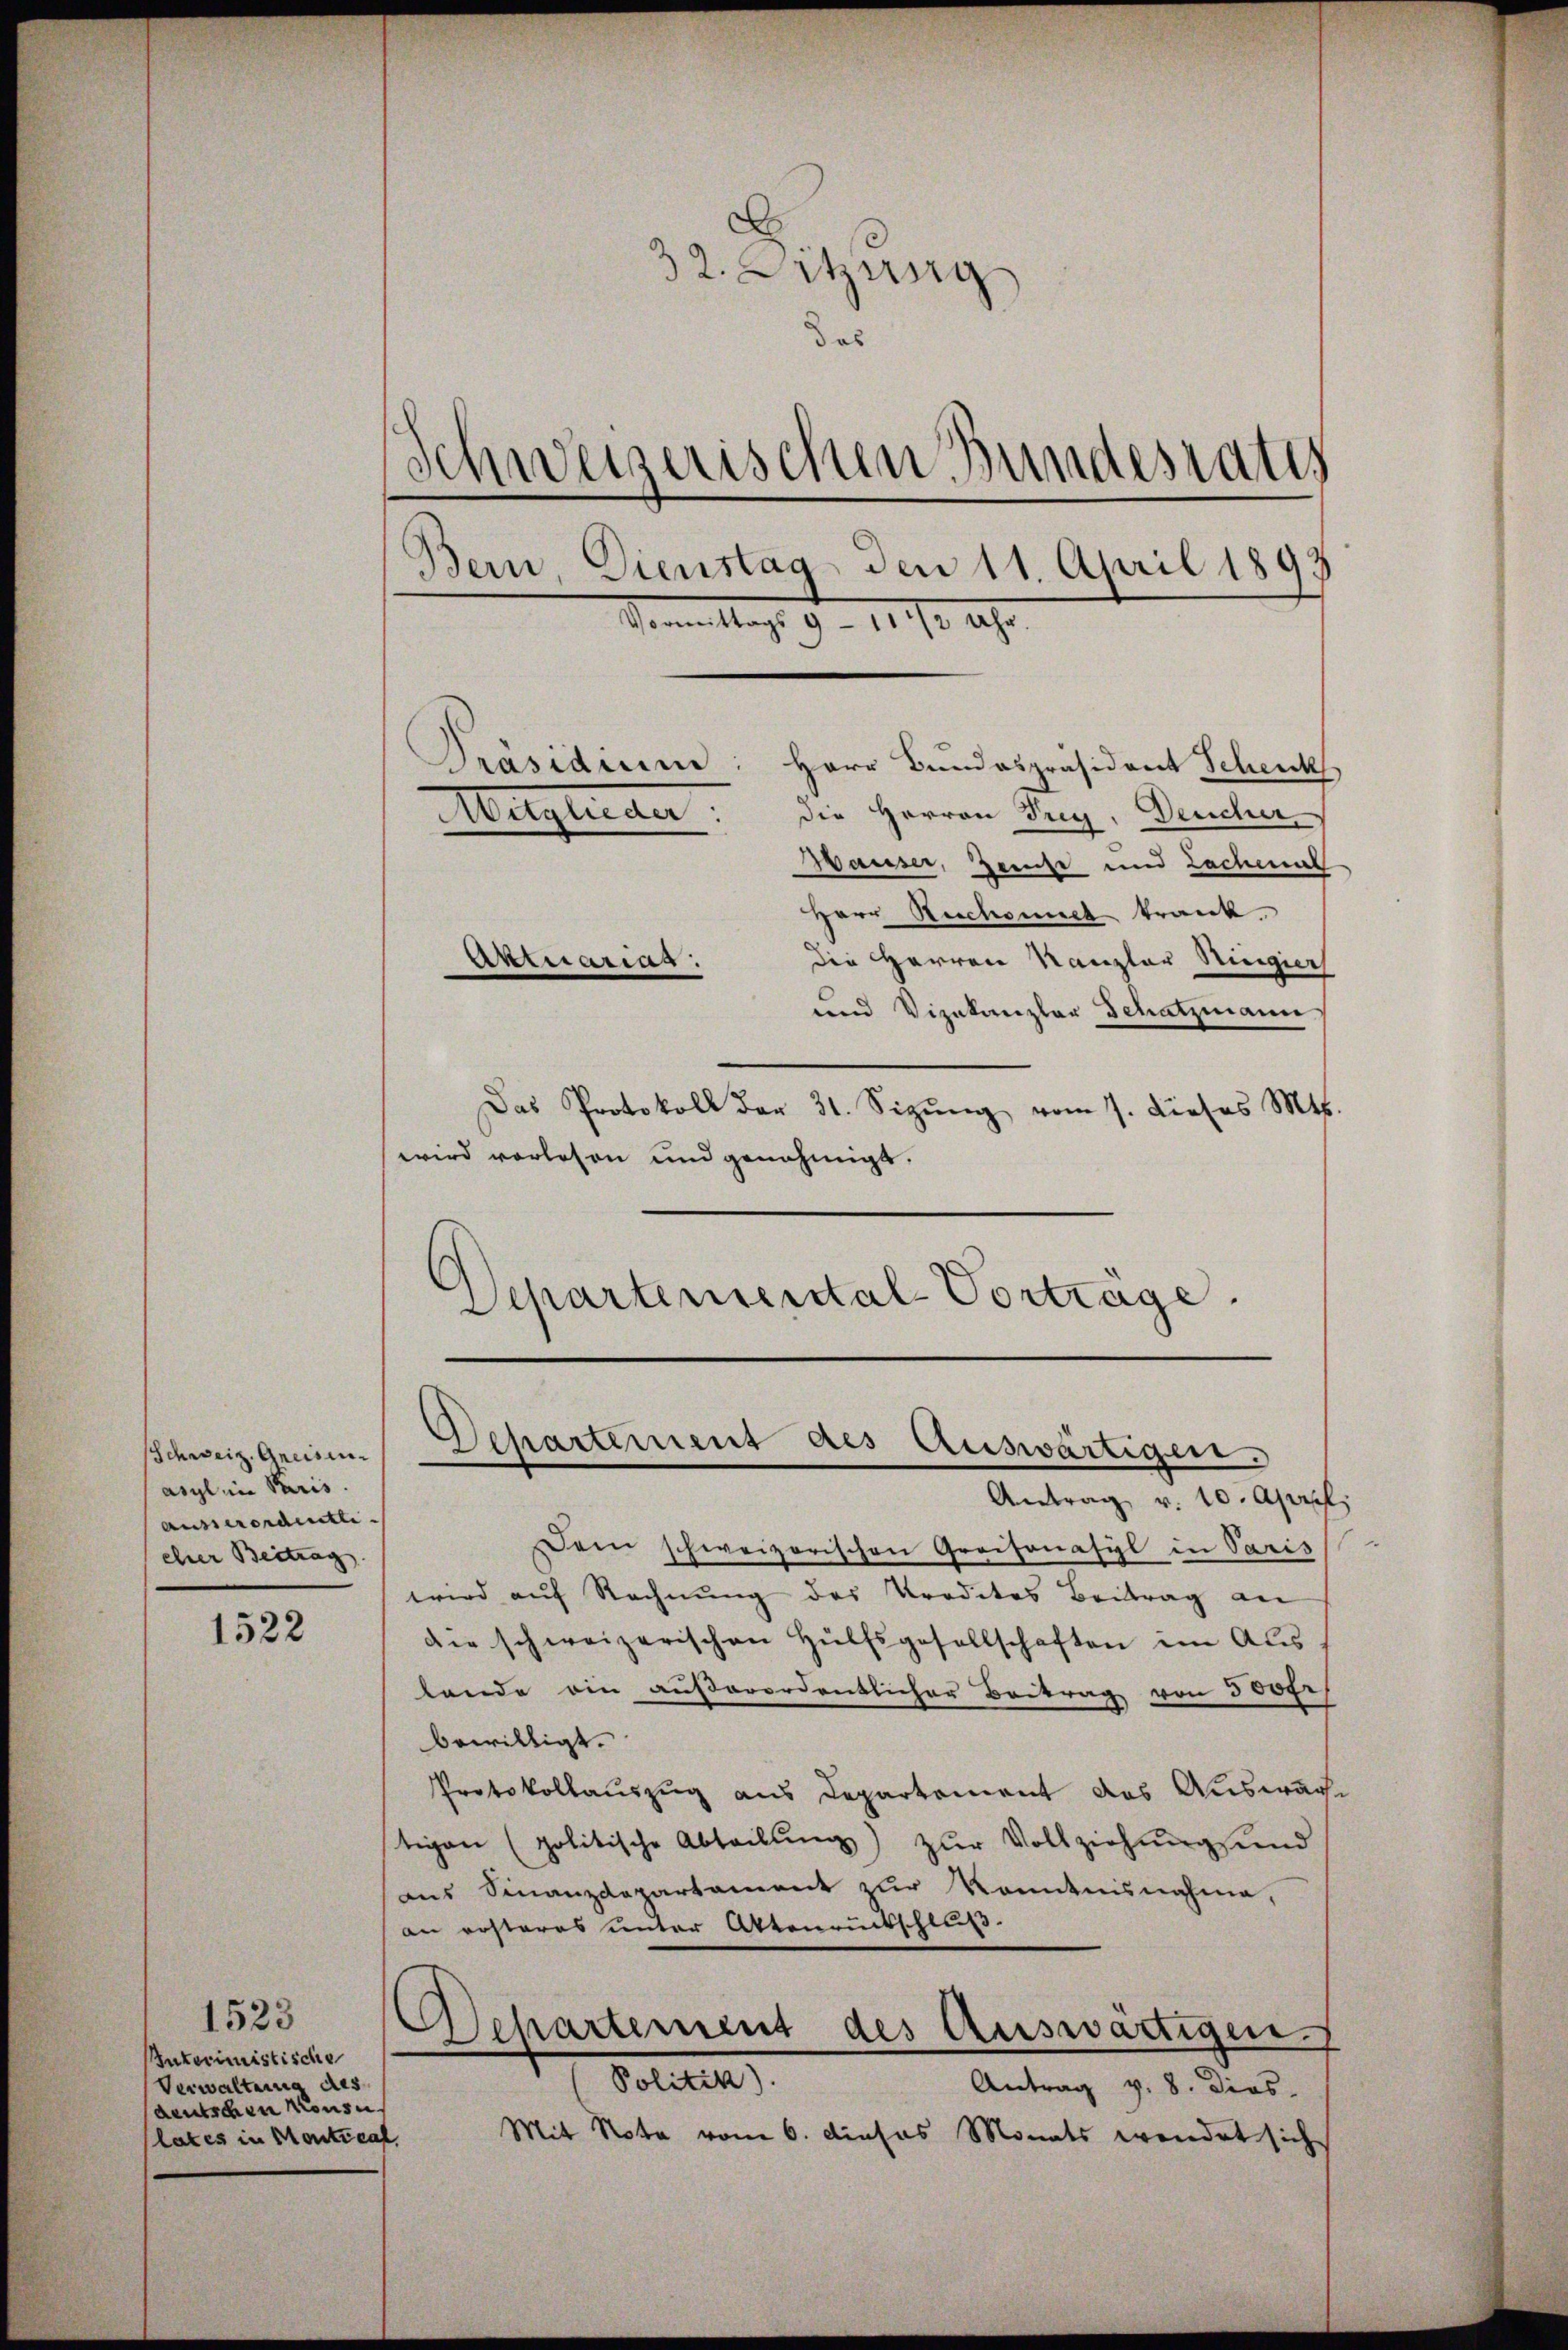
Schweiz. Greisen.
asyl im Paris.
ausserordentli
ehrer Beitrag

1522

1523
Interimistische
Verwaltung des
deutschen Konsu
lates in Montical

32. Sitzung
das
Schweizerischen Bundesrates
Bern, Dienstag den 11. April 1893
Vormittags 9 - 11/2 Uhr.
Präsidium: Herr Bundespräsident Schenk
Die Herren Trig. Deucher
Meglieder
Bäuser, Zeise und Lachmal
Herr Rechaniel krank.
die Herren Kanzler Ringier
Axtrariag:
und Vizekanzlar Schatzmann

Das Protokoll der 31. Sizŭng vom 7. dieses M.
wird vorlesen und genehmigt.
Departemental-Vorträge.

Departement des Auswärtigen.

Antrag v. 10. Aprili
Dem schweizerischen Graisonasyl in Paris
wird aŭf Rechnŭng des Trodetes Beitrag an
die schweizerischen Hülfsgesellschaften in Aus
lande ein außerordentlicher Beitrag von 300fr
bewilligt.
Protokollauszug aus Departement das Ausware
tigen (politische Abteilung) zŭr Vollziehungsand
ans Finanzdepartament zur Kenntnisnahme,
an erstares unter Aktenrückschluß.
Separtement des Auswärtigen
Politik).
Antrag v. 8. Dios.
Mit Note vom 6. dieses Monats wendet sich